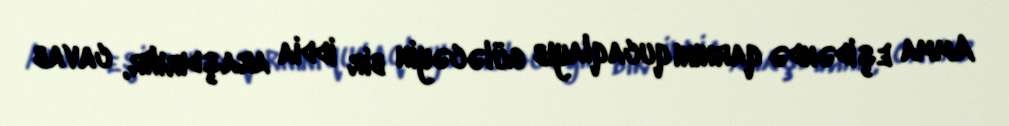
Amma eşidəndə qarnını qucaqlayıb güləcəyin bir iddia araşdırılır, cavab